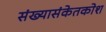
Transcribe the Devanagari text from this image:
संख्यासंकेतकोश